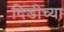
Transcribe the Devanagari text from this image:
दिडीच्या